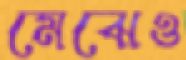
মেঝেও